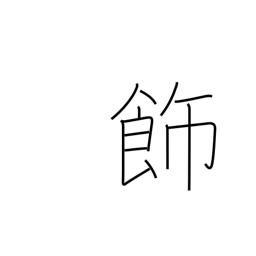
Meaning: adorn